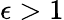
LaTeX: \epsilon>1